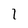
Character: I